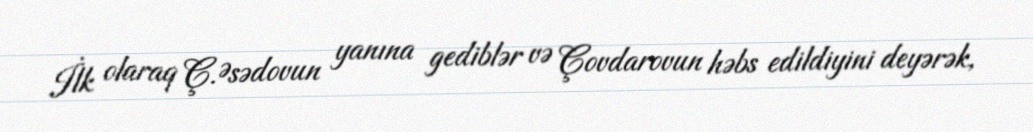
İlk olaraq Ç.Əsədovun yanına gediblər və Çovdarovun həbs edildiyini deyərək,